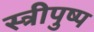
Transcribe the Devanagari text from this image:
स्त्रीपुष्प